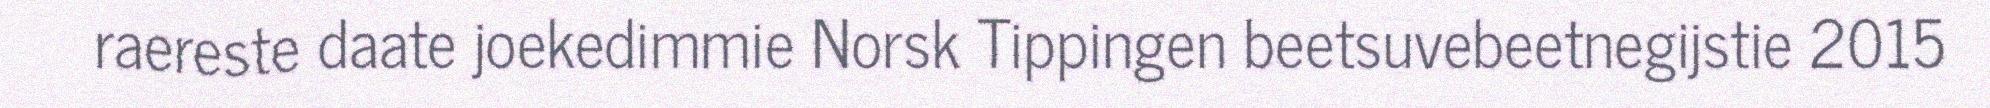
raereste daate joekedimmie Norsk Tippingen beetsuvebeetnegijstie 2015